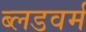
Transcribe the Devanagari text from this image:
ब्लडवर्म